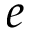
e